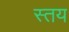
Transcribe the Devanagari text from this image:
स्तय